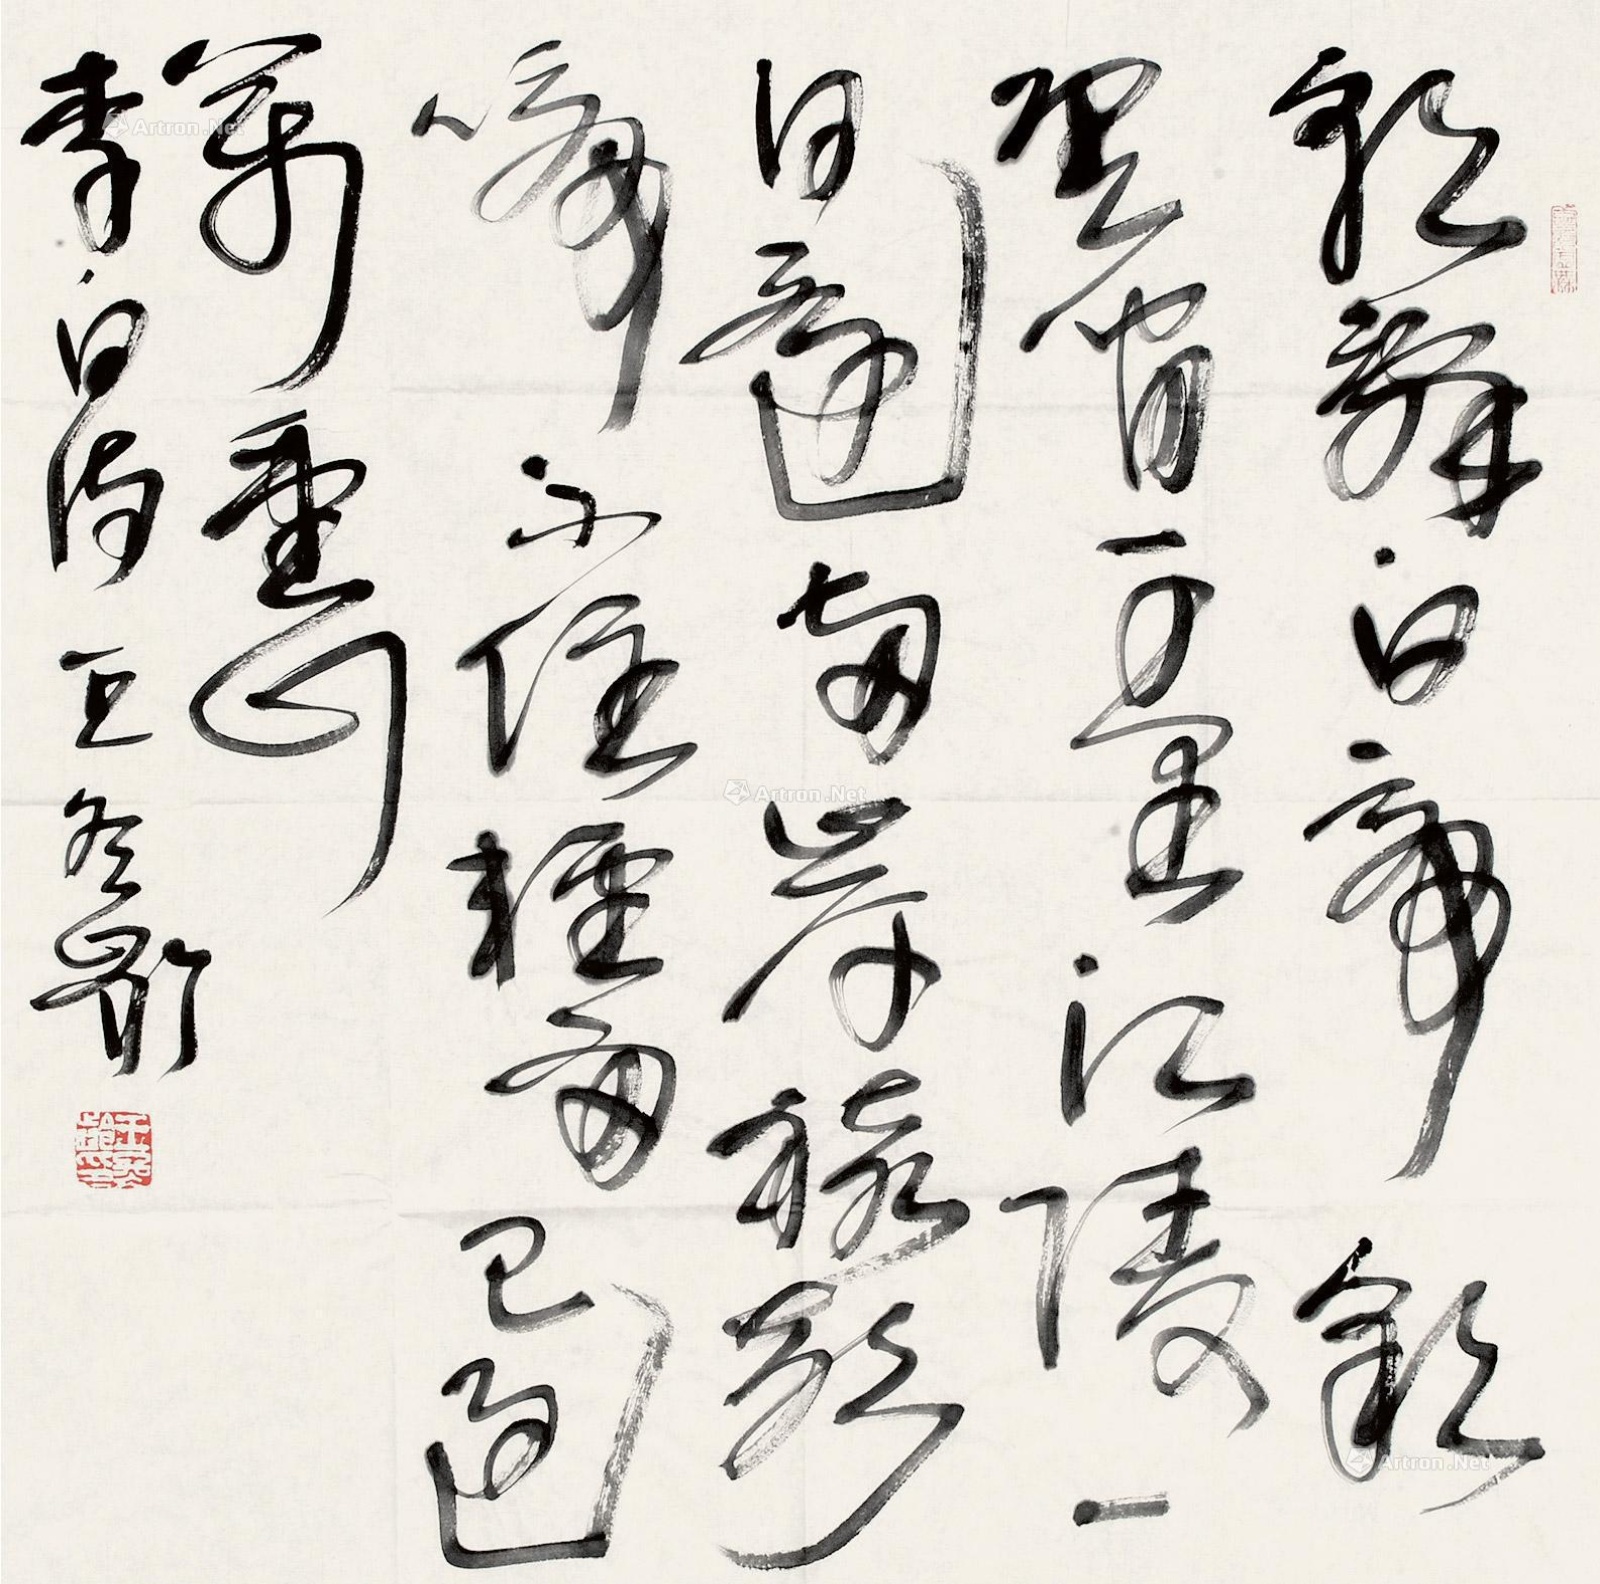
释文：朝辞白帝彩云间，千里江陵一日还。两岸猿声啼不住，轻舟已过万重山。李白诗王冬龄。